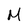
Character: M